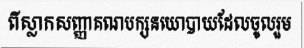
ពីស្លាកសញ្ញាគណបក្សនយោបាយដែលចូលរួម